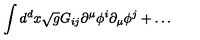
\int d ^ { d } x \sqrt { g } G _ { i j } \partial ^ { \mu } \phi ^ { i } \partial _ { \mu } \phi ^ { j } + \ldots